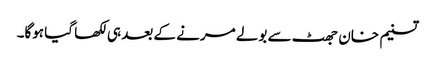
تسنیم خان جھٹ سے بولے مرنے کے بعد ہی لکھا گیا ہوگا۔